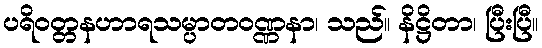
ပရိဝတ္တနဟာရသမ္ပာတဝဏ္ဏနာ၊ သည်။ နိဋ္ဌိတာ၊ ပြီးပြီ။